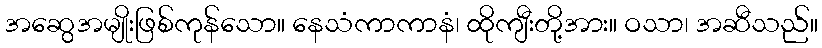
အဆွေအမျိုးဖြစ်ကုန်သော။ နေသံကာကာနံ၊ ထိုကျီးတို့အား။ ဝသာ၊ အဆီသည်။